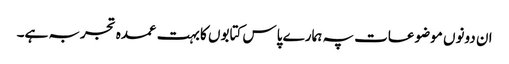
ان دونوں موضوعات پہ ہمارے پاس کتابوں کا بہت عمدہ تجربہ ہے۔